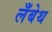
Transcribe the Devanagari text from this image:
लँबेथ